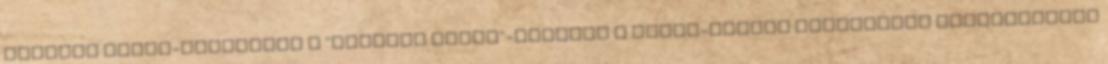
tiltott Fradi-indulótól a "Mocskos lilák"-fásliig A Fradi-Újpest párharccal kapcsolatban